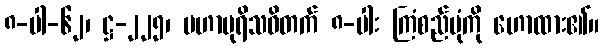
၈-ပါ-၆၂၊ ဋ္ဌ-၂၂၅၊ မဟာပုရိသဝိတက် ၈-ပါး ကြံစည်ပုံကို ဟောထား၏။